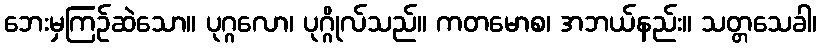
ဘေးမှကြဉ်ဆဲသော။ ပုဂ္ဂလော၊ ပုဂ္ဂိုလ်သည်။ ကတမောစ၊ အဘယ်နည်း။ သတ္တသေခါ၊